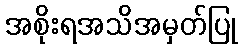
အစိုးရအသိအမှတ်ပြု